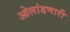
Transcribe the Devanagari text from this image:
ओलांडणारी